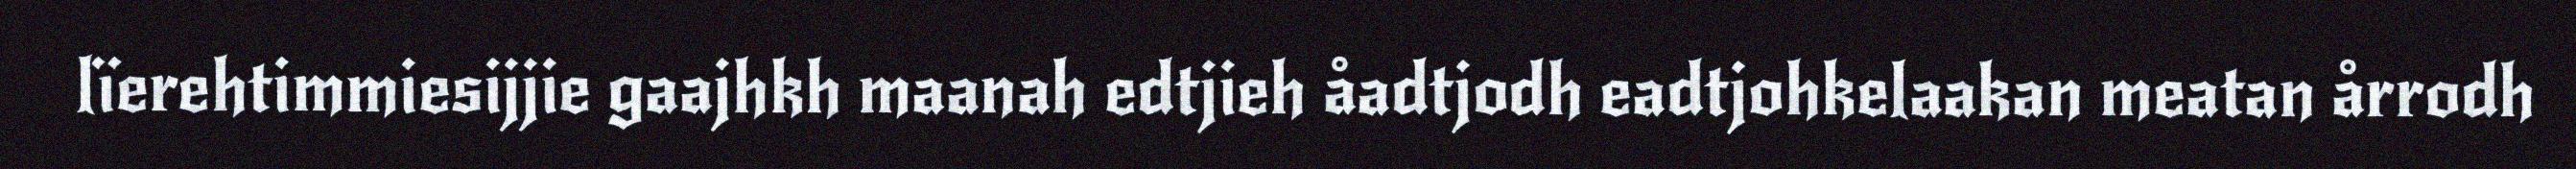
lïerehtimmiesijjie gaajhkh maanah edtjieh åadtjodh eadtjohkelaakan meatan årrodh